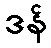
ဒန်